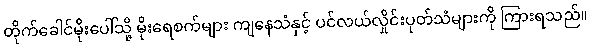
တိုက်ခေါင်မိုးပေါ်သို့ မိုးရေစက်များ ကျနေသံနှင့် ပင်လယ်လှိုင်းပုတ်သံများကို ကြားရသည်။